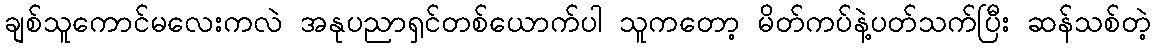
ချစ်သူကောင်မလေးကလဲ အနုပညာရှင်တစ်ယောက်ပါ သူကတော့ မိတ်ကပ်နဲ့ပတ်သက်ပြီး ဆန်သစ်တဲ့